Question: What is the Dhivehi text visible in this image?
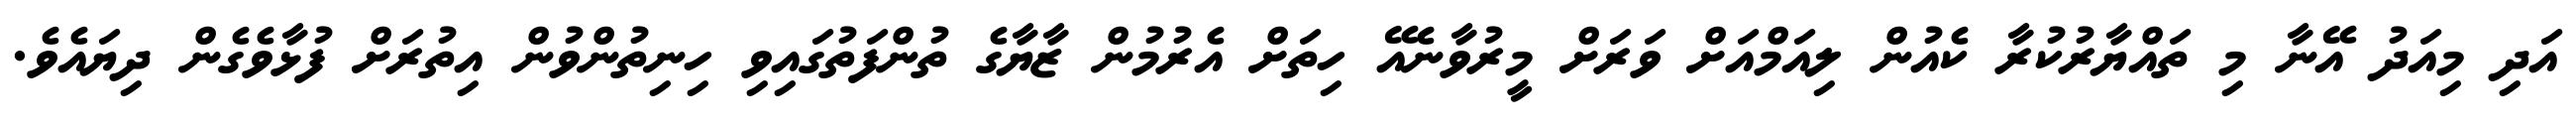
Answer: އަދި މިއަދު އޭނާ މި ތައްޔާރުކުރާ ކެއުން ލިއަމްއަށް ވަރަށް މީރުވާނެއޭ ހިތަށް އެރުމުން ޒާޔާގެ ތުންފަތުގައިވި ހިނިތުންވުން އިތުރަށް ފުޅާވެގެން ދިޔައެވެ.